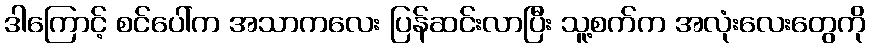
ဒါကြောင့် စင်ပေါ်က အသာကလေး ပြန်ဆင်းလာပြီး သူ့စက်က အလုံးလေးတွေကို